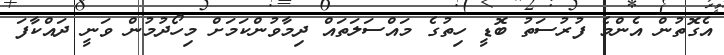
އެގޮތުން އެންމެ ފުރުސަތު ބޮޑީ ހިތުގެ މައްސަލަތައް ދިމާވުންކަމަށް މިހޯދުމުން ވަނީ ދައްކާފަ